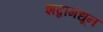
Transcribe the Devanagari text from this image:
शब्दामधून